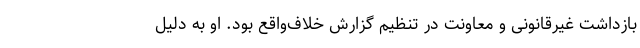
بازداشت غیرقانونی و معاونت در تنظیم گزارش خلاف‌واقع بود. او به دلیل